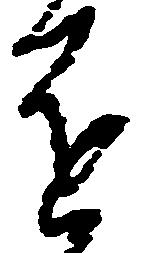
進